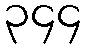
၃၄၄